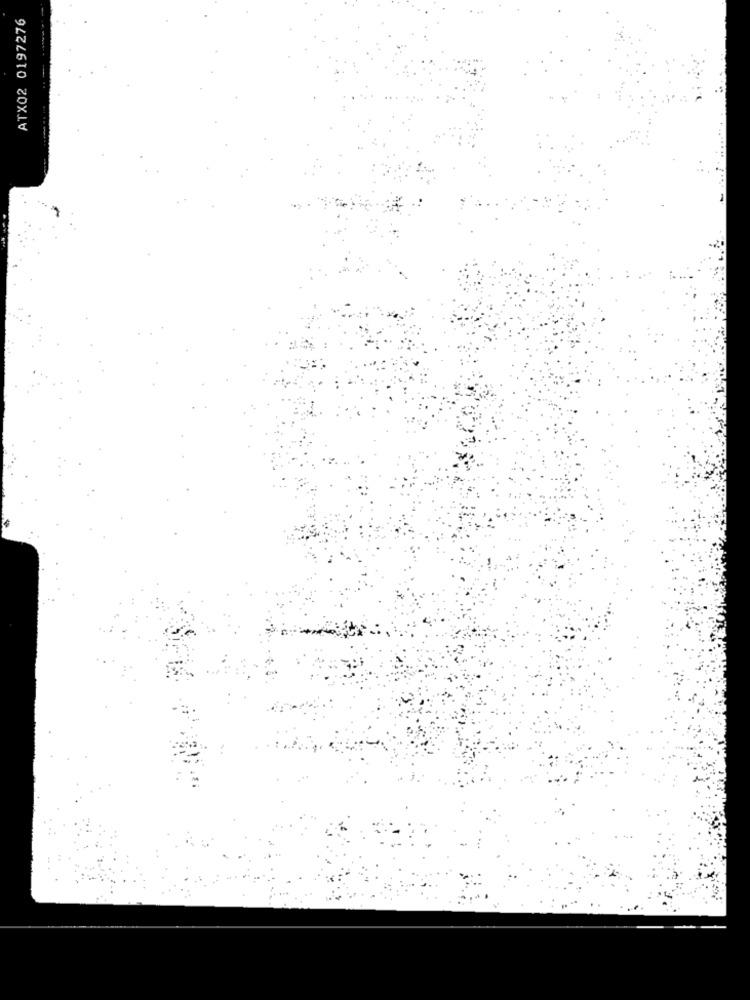
ATX02 0197276